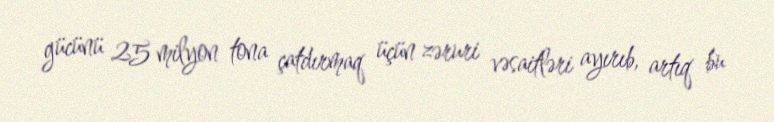
gücünü 25 milyon tona çatdırmaq üçün zəruri vəsaitləri ayırıb, artıq bu